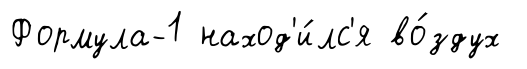
Формула-1 наход'и́лс'я во́здух